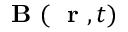
\mathrm { ~ \bf ~ B ~ } ( \mathrm { ~ \bf ~ r ~ } , t )